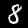
Digit: 8